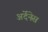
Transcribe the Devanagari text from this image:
अर्देंनेस